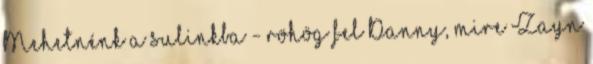
Mehetnénk a sulinkba - röhög fel Danny, mire Zayn